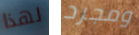
لهذا ومجرد